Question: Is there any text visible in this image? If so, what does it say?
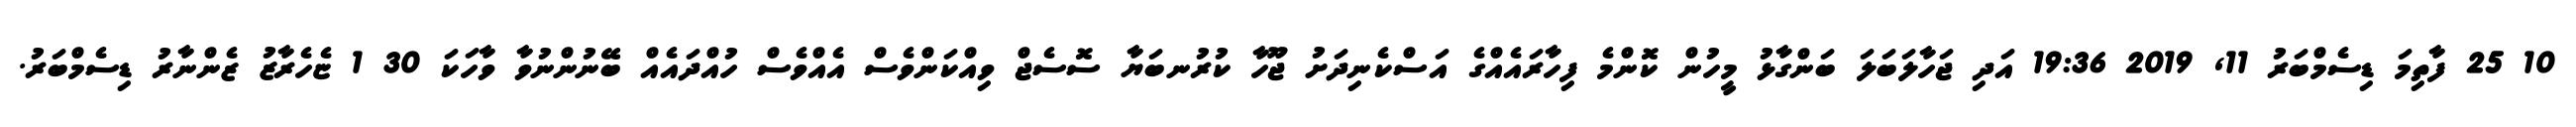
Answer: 10 25 ފާތިމަ ޑިސެމްބަރު 11, 2019 19:36 އަދި ޖަހާލަބަލަ ބަންގާޅު މީހުން ކޮންމެ ފިހާރައެއްގެ އަސްކެނިދަށު ޖޫހާ ކުރުނބަޔާ ސޮސެޖް ވިއްކަންވެސް އެއްވެސް ހުއްދައެއް ބޭނުންނުވާ ވާހަކަ 30 1 ޏެހެރާޒު ޒެންނާރު ޑިސެމްބަރު.